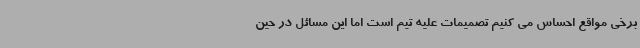
برخی مواقع احساس می کنیم تصمیمات علیه تیم است اما این مسائل در حین